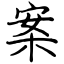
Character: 案